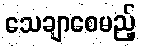
သေချာစေမည့်